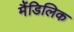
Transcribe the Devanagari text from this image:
मैंडिलिक